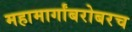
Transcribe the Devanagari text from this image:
महामार्गांबरोबरच